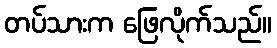
တပ်သားက ဖြေလိုက်သည်။